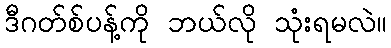
ဒီဂတ်စ်ပန့်ကို ဘယ်လို သုံးရမလဲ။